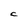
Character: C